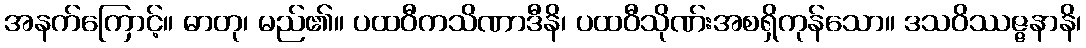
အနက်ကြောင့်။ ဓာတု၊ မည်၏။ ပထဝီကသိဏာဒီနိ၊ ပထဝီသိုဏ်းအစရှိကုန်သော။ ဒသဝိဿဇ္ဇနာနိ၊